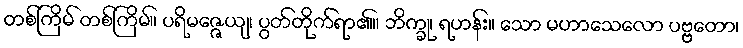
တစ်ကြိမ် တစ်ကြိမ်။ ပရိမဇ္ဇေယျ၊ ပွတ်တိုက်ရာ၏။ ဘိက္ခု၊ ရဟန်း။ သော မဟာသေလော ပဗ္ဗတော၊